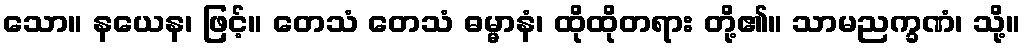
သော။ နယေန၊ ဖြင့်။ တေသံ တေသံ ဓမ္မာနံ၊ ထိုထိုတရား တို့၏။ သာမညက္ခဏံ၊ သို့။